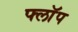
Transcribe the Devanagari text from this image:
फ्लाॅप